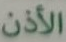
الأذن